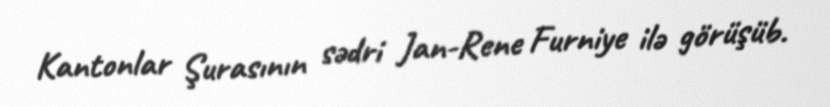
Kantonlar Şurasının sədri Jan-Rene Furniye ilə görüşüb.